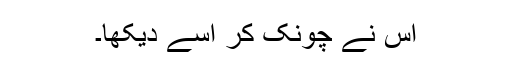
اس نے چونک کر اسے دیکھا۔